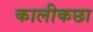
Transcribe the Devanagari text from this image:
कालीकछा